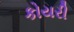
કોયરી